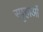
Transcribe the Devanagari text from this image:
स्पृहाओं